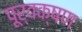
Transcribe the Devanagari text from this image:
पूर्वक्षण